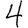
Digit: 4